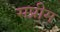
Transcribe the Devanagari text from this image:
सप्रीम